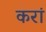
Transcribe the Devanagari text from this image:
करां